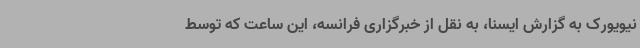
نیویورک به گزارش ایسنا، به نقل از خبرگزاری فرانسه، این ساعت که توسط